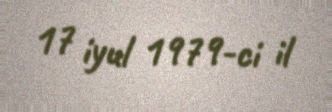
17 iyul 1979-ci il